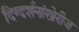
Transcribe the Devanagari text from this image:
दिग्दर्शनांखेरीज